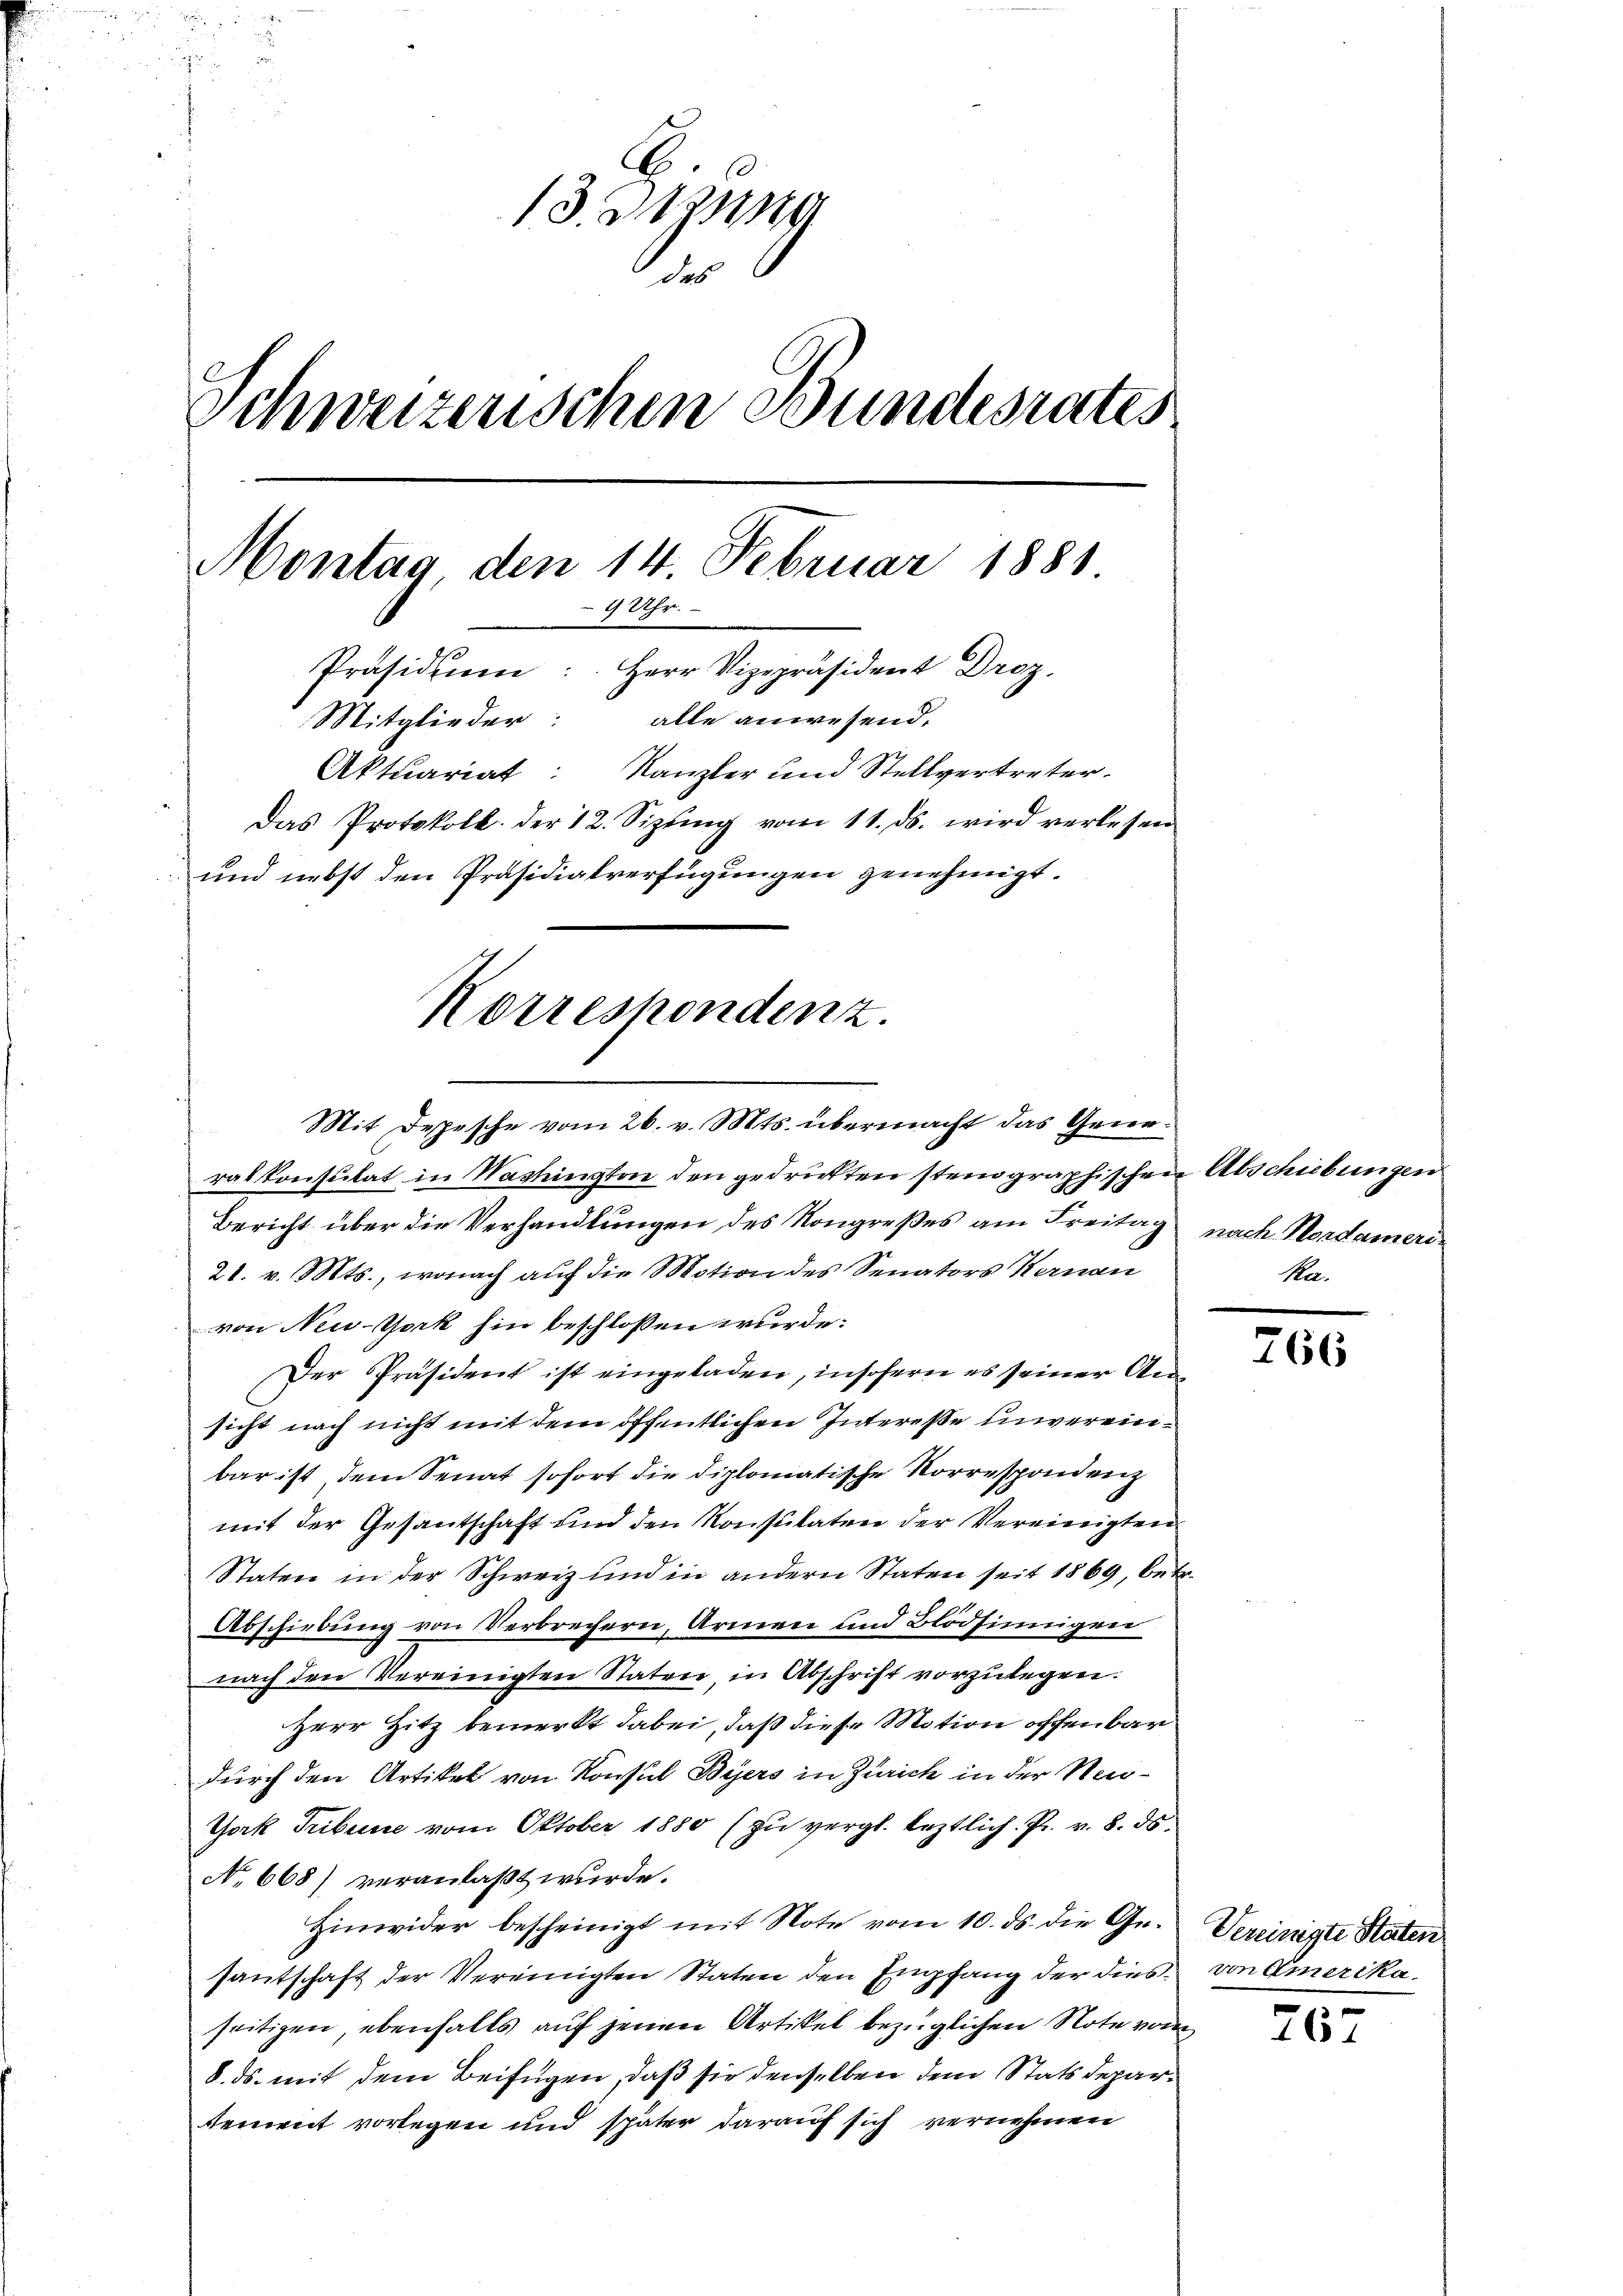
2
13.
des
Schweizerischen Bundesrates
Montag den 14. Februar 1881
9 Uhr.
Präsidiŭm: Herr Vizepräsident Droz.
Mitglieder: alle anwesend,
Aktuariat: Kanzler und Stellvertreter.
Das Protokoll der 12. Sizŭng vom 11. ds. wird verlesen
und nebst den Präsidialverfügungen genehmigt.
Korrespondenz.

Mit Depesche vom 26. v. Mts. übermacht das Generalkonsulat in Washington den gedrukten stenographischen Abschiebungen
Bericht über die Verhandlungen des Kongreßes am Freitag
21. v. Mts., wonach auf die Motion des Senators Hernau
von New-York hin beschlossen wurde:
Der Präsident ist eingeladen, insofern es seiner Unsicht nach nicht mit dem öffentlichen Interesse unvereinbar ist dem Senat sofort die diplomatische Korrespondenz
mit der Gesantschaft und den Konsulaten der Vereinigten
Staten in der Schweiz und in andern Staten seit 1869, betr.
Abschiebung von Verbrechern, Armen und Blödsinnigen
nach den Vereinigten Staten, in Abschrift vorzŭlegen.
Herr Hitz bemerkt dabei, daß diese Motion offenbar
durch den Artikel von Konsul Byers in Zürich in der Neu¬
York Tribuire vom Oktober 1880 (zu vergl. leztlich. Pr. v. 8. ds.
No 668) veranlaßt wurde.
Hinwider bescheinigt mit Note vom 10. ds. die Gesantschaft der Vereinigten Staten den Empfang der diesseitigen, ebenfalls auf jenen Artikel bezüglichen Note vom
8. ds. mit dem Beifügen, daß sie denselben dem Stats Deparsement vorlegen und später darauf sich vernehmen

nach Nordameri.
Pa¬

766

Vereinigte Staten
von Emerika.

267